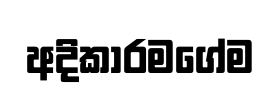
අදිකාරමගේම